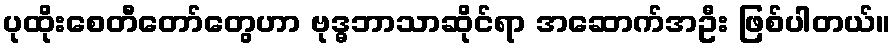
ပုထိုးစေတီတော်တွေဟာ ဗုဒ္ဓဘာသာဆိုင်ရာ အဆောက်အဦး ဖြစ်ပါတယ်။